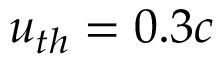
u _ { t h } = 0 . 3 c